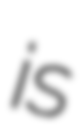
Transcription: is